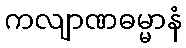
ကလျာဏဓမ္မာနံ